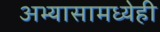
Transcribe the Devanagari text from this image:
अभ्यासामध्येही